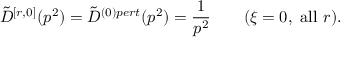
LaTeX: \tilde { D } ^ { [ r , 0 ] } ( p ^ { 2 } ) = \tilde { D } ^ { ( 0 ) p e r t } ( p ^ { 2 } ) = \frac { 1 } { p ^ { 2 } } \qquad ( \xi = 0 , \mathrm { ~ a l l ~ } r ) .